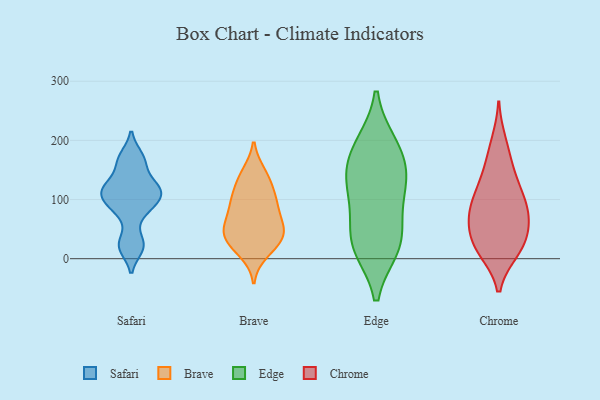
{"axis": {"x": "Waste Production (Tons)", "y": "Value"}, "legend": ["Brave", "Chrome", "Edge", "Safari"], "data": [{"x": "", "y": 81, "type": "Safari"}, {"x": "", "y": 111, "type": "Safari"}, {"x": "", "y": 172, "type": "Safari"}, {"x": "", "y": 19, "type": "Safari"}, {"x": "", "y": 121, "type": "Safari"}, {"x": "", "y": 161, "type": "Safari"}, {"x": "", "y": 26, "type": "Safari"}, {"x": "", "y": 109, "type": "Safari"}, {"x": "", "y": 91, "type": "Safari"}, {"x": "", "y": 124, "type": "Safari"}, {"x": "", "y": 18, "type": "Brave"}, {"x": "", "y": 145, "type": "Brave"}, {"x": "", "y": 36, "type": "Brave"}, {"x": "", "y": 128, "type": "Brave"}, {"x": "", "y": 10, "type": "Brave"}, {"x": "", "y": 49, "type": "Brave"}, {"x": "", "y": 100, "type": "Brave"}, {"x": "", "y": 31, "type": "Brave"}, {"x": "", "y": 108, "type": "Brave"}, {"x": "", "y": 98, "type": "Brave"}, {"x": "", "y": 55, "type": "Brave"}, {"x": "", "y": 46, "type": "Brave"}, {"x": "", "y": 58, "type": "Brave"}, {"x": "", "y": 87, "type": "Brave"}, {"x": "", "y": 143, "type": "Brave"}, {"x": "", "y": 79, "type": "Brave"}, {"x": "", "y": 36, "type": "Brave"}, {"x": "", "y": 192, "type": "Edge"}, {"x": "", "y": 20, "type": "Edge"}, {"x": "", "y": 113, "type": "Edge"}, {"x": "", "y": 25, "type": "Edge"}, {"x": "", "y": 126, "type": "Edge"}, {"x": "", "y": 59, "type": "Edge"}, {"x": "", "y": 162, "type": "Edge"}, {"x": "", "y": 188, "type": "Edge"}, {"x": "", "y": 130, "type": "Edge"}, {"x": "", "y": 23, "type": "Edge"}, {"x": "", "y": 19, "type": "Chrome"}, {"x": "", "y": 110, "type": "Chrome"}, {"x": "", "y": 25, "type": "Chrome"}, {"x": "", "y": 139, "type": "Chrome"}, {"x": "", "y": 13, "type": "Chrome"}, {"x": "", "y": 197, "type": "Chrome"}, {"x": "", "y": 39, "type": "Chrome"}, {"x": "", "y": 13, "type": "Chrome"}, {"x": "", "y": 55, "type": "Chrome"}, {"x": "", "y": 64, "type": "Chrome"}, {"x": "", "y": 88, "type": "Chrome"}, {"x": "", "y": 90, "type": "Chrome"}, {"x": "", "y": 172, "type": "Chrome"}, {"x": "", "y": 132, "type": "Chrome"}, {"x": "", "y": 89, "type": "Chrome"}, {"x": "", "y": 70, "type": "Chrome"}]}